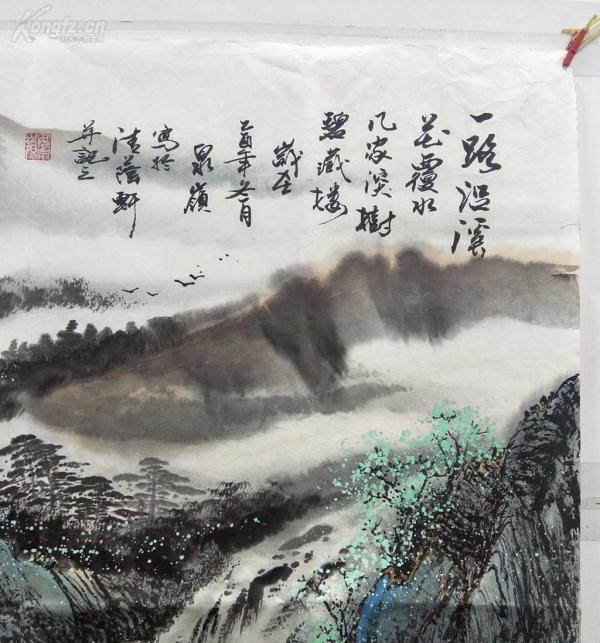
有兼听之明，而无矜奋之容有兼覆之厚，而无伐德之色。